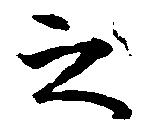
之